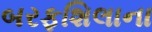
બરફશિલાના